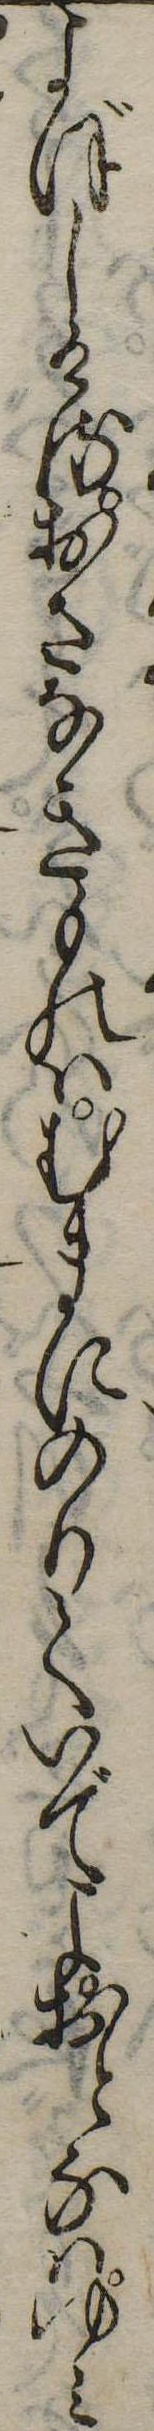
よぼしけるおさなきものはむまにのりていでよおとなはゆみ